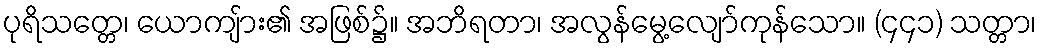
ပုရိသတ္တေ၊ ယောကျ်ား၏ အဖြစ်၌။ အဘိရတာ၊ အလွန်မွေ့လျော်ကုန်သော။ (၄၄၁) သတ္တာ၊